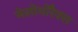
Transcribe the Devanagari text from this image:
मेसोथोरैक्स